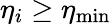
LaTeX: \eta_{i}\geq\eta_{\mathrm{min}}